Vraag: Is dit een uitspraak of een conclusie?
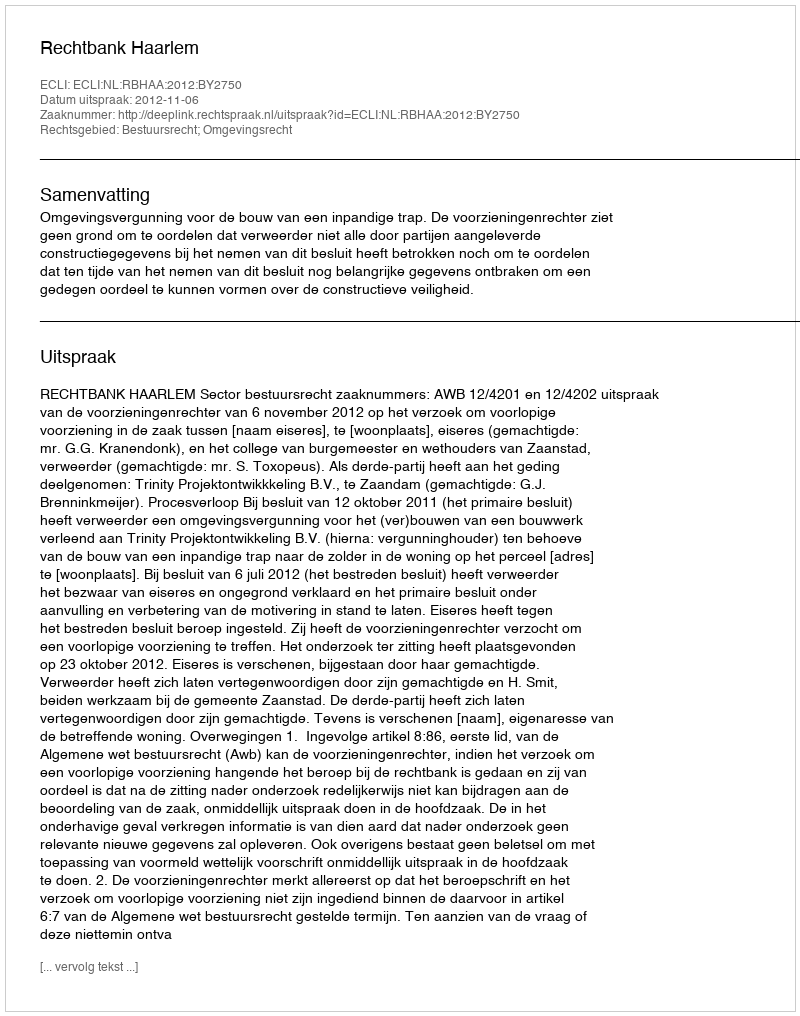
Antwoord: Uitspraak